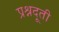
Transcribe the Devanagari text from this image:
प्रश्नदूती